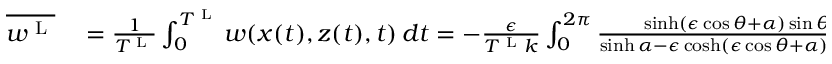
\begin{array} { r l } { \overline { { w ^ { \textnormal { L } } } } } & { { } = \frac { 1 } { T ^ { \textnormal { L } } } \int _ { 0 } ^ { T ^ { \textnormal { L } } } w ( x ( t ) , z ( t ) , t ) \, d t = - \frac { \epsilon } { T ^ { \textnormal { L } } k } \int _ { 0 } ^ { 2 \pi } \frac { \sinh ( \epsilon \cos \theta + { \alpha } ) \sin \theta } { \sinh { \alpha } - \epsilon \cosh ( \epsilon \cos \theta + { \alpha } ) \cos \theta } \, d \theta = 0 . } \end{array}